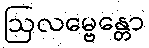
ဩလမ္ဗေန္တော